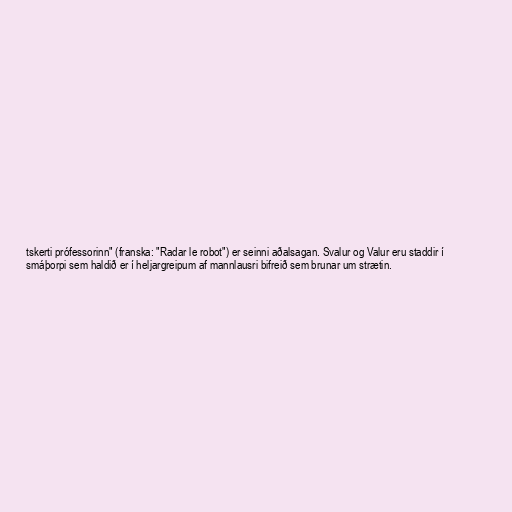
tskerti prófessorinn" (franska: "Radar le robot") er seinni aðalsagan. Svalur og Valur eru staddir í
smáþorpi sem haldið er í heljargreipum af mannlausri bifreið sem brunar um strætin.